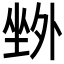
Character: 𡎢